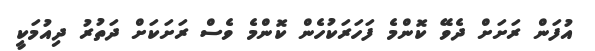
އުފަން ރަށަށް ދެވޭ ކޮންމެ ފަހަރަކުހެން ކޮންމެ ވެސް ރަށަކަށް ދަތުރު ދިއުމަކީ